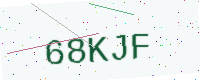
Text: 68KJF